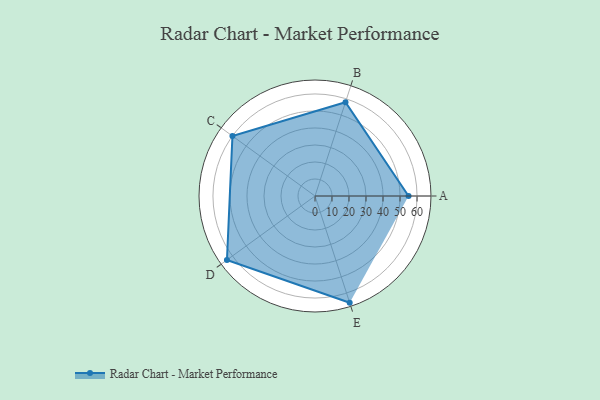
{"axis": {"x": "Skill", "y": "Score"}, "legend": ["Profile"], "data": [{"x": "A", "y": 55.0, "type": "Profile"}, {"x": "B", "y": 58.0, "type": "Profile"}, {"x": "C", "y": 60.0, "type": "Profile"}, {"x": "D", "y": 64.0, "type": "Profile"}, {"x": "E", "y": 66.0, "type": "Profile"}]}